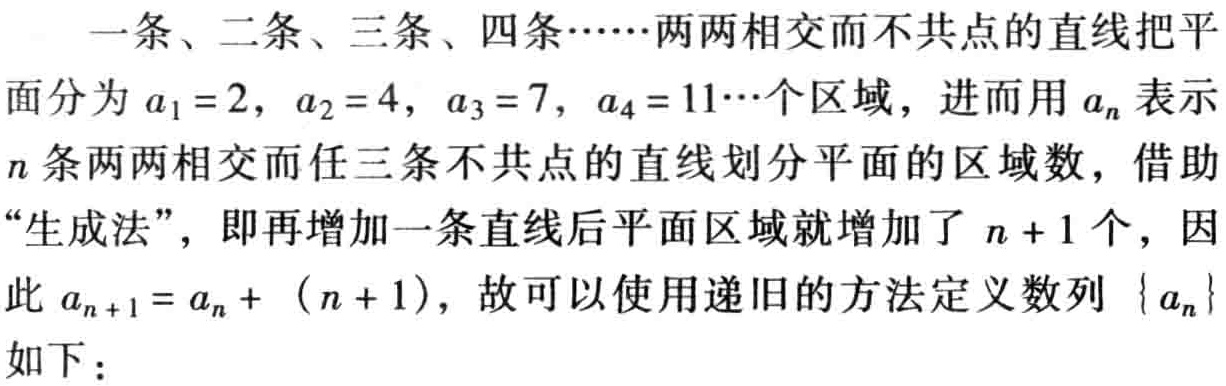
一条、二条、三条、四条……两两相交而不共点的直线把平面分为\(a_{1}=2\)，\(a_{2}=4\)，\(a_{3}=7\)，\(a_{4}=11\cdots\)个区域，进而用\(a_{n}\)表示\(n\)条两两相交而任三条不共点的直线划分平面的区域数，借助“生成法”，即再增加一条直线后平面区域就增加了\(n + 1\)个，因此\(a_{n + 1}=a_{n}+(n + 1)\)，故可以使用递旧的方法定义数列\(\{a_{n}\}\)如下：